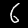
Digit: 6